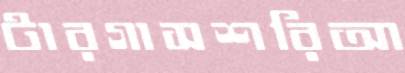
টারগাসশরিআ